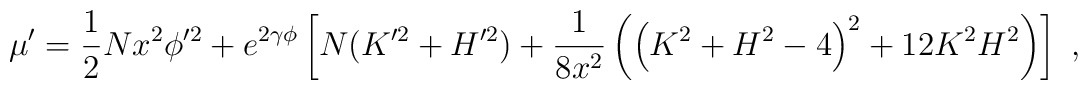
\mu'= \frac{1}{2} N x^2 \phi'^2 + e^{2 \gamma \phi } \left[ N (K'^2 +H'^2)  + \frac{1}{8 x^2} \left(     \left(K^2+H^2-4 \right)^2 +12 K^2 H^2 \right)\right]\ ,